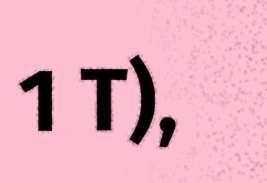
1 T),